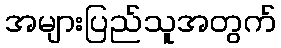
အများပြည်သူအတွက်